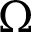
\Omega